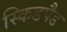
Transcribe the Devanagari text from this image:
स्किडपैड